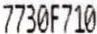
7730F710